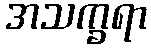
အသက္ခရာ